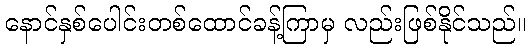
နောင်နှစ်ပေါင်းတစ်ထောင်ခန့်ကြာမှ လည်းဖြစ်နိုင်သည်။